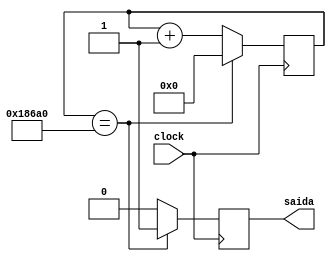
module Velocidade1(input clock,output reg saida);
reg [22:0] contador;
initial contador=0;

always @(posedge clock)
begin
	if(contador==100000)
	begin
		saida<=1;
		contador<=0;
	end
	else
	begin	
		saida<=0;
		contador<=contador+1;
	end
end



endmodule